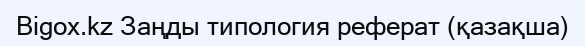
Bigox.kz Заңды типология реферат (қазақша)